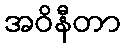
အဝိနီတာ